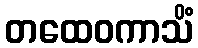
တထေဝကာသိံ